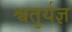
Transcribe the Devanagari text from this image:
श्वतुर्यज्ञ